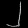
Digit: ၂